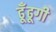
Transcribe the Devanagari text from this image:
ढूँढूगी